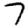
Digit: 7